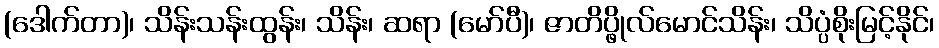
(ဒေါက်တာ)၊ သိန်းသန်းထွန်း၊ သိန်း၊ ဆရာ (မော်ပီ)၊ ဇာတိပ္ဖိုလ်မောင်သိန်း၊ သိပ္ပံစိုးမြင့်နိုင်၊